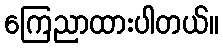
ကြေညာထားပါတယ်။